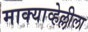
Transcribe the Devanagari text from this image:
माक्याव्हेल्लीला